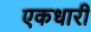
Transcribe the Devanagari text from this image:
एकधारी